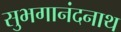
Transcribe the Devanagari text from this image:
सुभगानंदनाथ